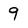
Character: 9